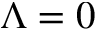
\Lambda = 0